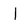
Character: 1